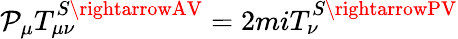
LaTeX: \mathcal{P}_{\mu}T_{\mu\nu}^{S\rightarrowAV}=2miT_{\nu}^{S\rightarrowPV}